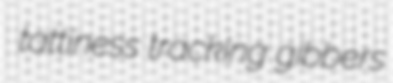
tattiness tracking gibbers